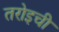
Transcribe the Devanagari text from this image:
तरोइची